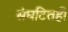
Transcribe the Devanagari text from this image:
संघटितही